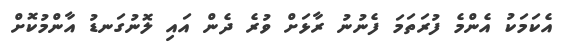
އެކަމަކު އެންމެ ފުރަތަމަ ފެނުނު ރާޅަށް ވުރެ ދެން އައި ލޮނުގަނޑު އާންމުކޮށް